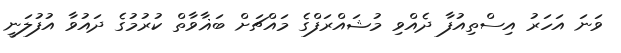
ވަނަ އަހަރު އިސްތިއުފާ ދެއްވި މުޝައްރަފްގެ މައްޗަށް ބަޣާވާތް ކުރުމުގެ ދައުވާ އުފުލަނީ